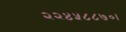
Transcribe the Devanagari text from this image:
२२४५८८७०।